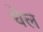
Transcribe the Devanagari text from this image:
घेल